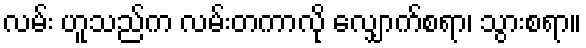
လမ်း ဟူသည်က လမ်းတကာလို လျှောက်စရာ၊ သွားစရာ။